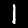
Digit: 1